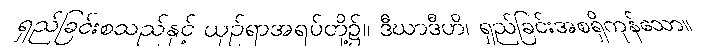
ရှည်ခြင်းစသည်နှင့် ယှဉ်ရာအရပ်တို့၌။ ဒီဃာဒီဟိ၊ ရှည်ခြင်းအစရှိကုန်သော။